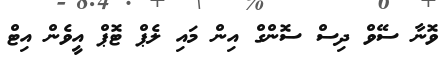
ވޮނާ ސޭވް ދިސް ސޮންގް އިން މައި ލެޕް ޓޮޕް އީވެން އިޓް